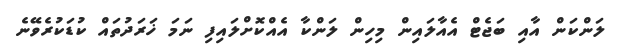
ލަންކަން އާއި ބަޖެޓް އެއާލައިން މިހިން ލަންކާ އެއްކޮށްލައިފި ނަމަ ޚަރަދުތައް ކުޑަކުރެވޭނެ